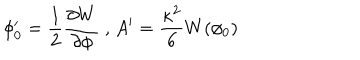
\phi _ { 0 } ^ { \prime } = \frac { 1 } { 2 } \frac { \partial W } { \partial \phi } \mathrm { ~ , ~ } A ^ { \prime } = \frac { \kappa ^ { 2 } } { 6 } W ( \phi _ { 0 } )